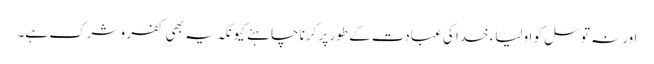
اورنہ توسل کو اولیاء خدا کی عبادت کے طور پر کرنا چاہئے کیونکہ یہ بھی کفر و شرک ہے۔